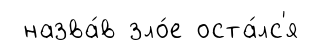
назва́в зло́е оста́лс'я